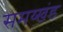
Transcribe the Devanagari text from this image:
समय्खंड